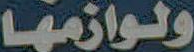
ولوازمها